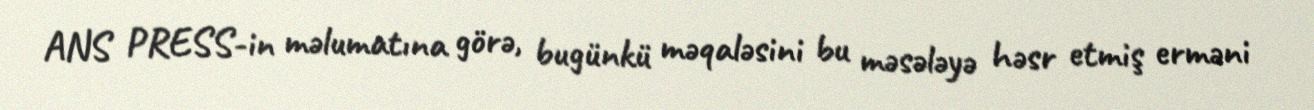
ANS PRESS-in məlumatına görə, bugünkü məqaləsini bu məsələyə həsr etmiş erməni